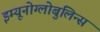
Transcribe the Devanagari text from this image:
इम्यूनोग्लोबुलिन्स